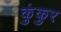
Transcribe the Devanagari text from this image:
कुंकुर